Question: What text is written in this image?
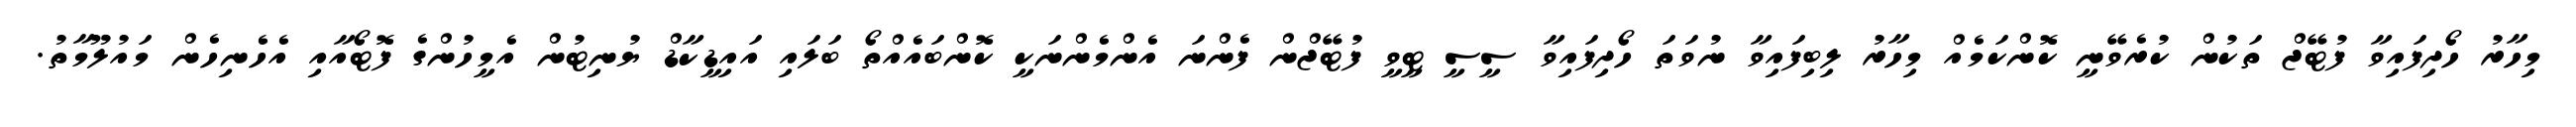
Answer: މިހާރު ހޯދިފައިވާ ފުޓޭޖް ތަކުން ކުރެވޭނީ ކޮންކަމެއް މިހާރު ލިބިފައިވާ ނުވަތަ ހޯދިފައިވާ ސީސީ ޓީވީ ފުޓޭޖްން ފެންނަ އެންމެންނަކީ ކޮންބައެއްތޯ ބަލައި އައިޑީކާޑް ޔުނިޓުން އެމީހުންގެ ފޮޓޯއާއި އެހެނިހެން މައުލޫމާތު.